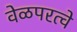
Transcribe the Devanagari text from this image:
वेळपरत्वे